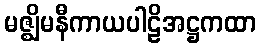
မဇ္ဈိမနီကာယပါဠိအဋ္ဌကထာ